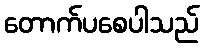
တောက်ပစေပါသည်